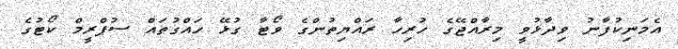
އެމަނިކުފާނު ވިދާޅުވީ މިރާއްޖޭގެ ހުރިހާ ރައްޔިތުންގެ ވޯޓާ ގުޅޭ ހައްގުތައް ސުޕްރީމް ކޯޓުގެ